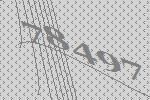
78497